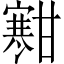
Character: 𫴐